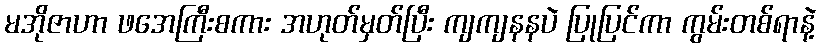
မအိုဇာဟာ ဖအေကြီးစကား အဟုတ်မှတ်ပြီး ကျကျနနပဲ ပြုပြင်ကာ ကွမ်းတစ်ရာနဲ့